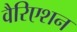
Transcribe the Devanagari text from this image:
वैरिएशन